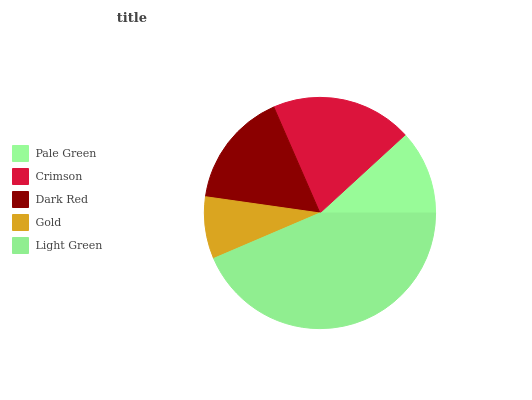
| Pale Green | Crimson | Dark Red | Gold | Light Green |
 | --- | --- | --- | --- | --- |
 | 11.8% | 19.7% | 16.2% | 8.67% | 43.6% |